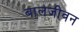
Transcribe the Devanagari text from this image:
बालजीवन